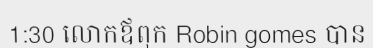
1:30 លោកឪពុក Robin gomes បាន